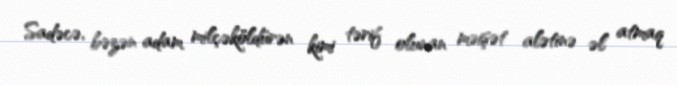
Sadəcə, bəzən adam milçəköldürən kimi tərif olunan məişət alətinə əl atmaq